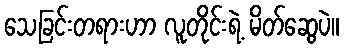
သေခြင်းတရားဟာ လူတိုင်းရဲ့ မိတ်ဆွေပဲ။